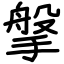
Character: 搫